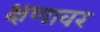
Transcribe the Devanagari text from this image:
क्षणावर